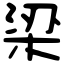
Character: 梁